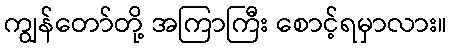
ကျွန်တော်တို့ အကြာကြီး စောင့်ရမှာလား။